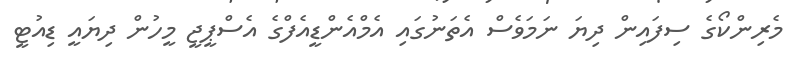
މެރިންކޯގެ ސިފައިން ދިޔަ ނަމަވެސް އެތަނުގައި އެމްއެންޑީއެފްގެ އެސްޕީޖީ މީހުން ދިޔައީ ޑިއުޓީ